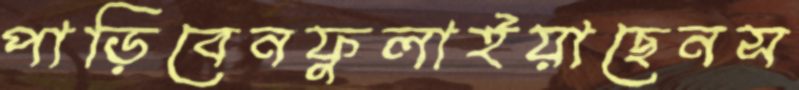
পাড়িবেনফুলাইয়াছেনস